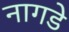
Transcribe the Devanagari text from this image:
नागडे